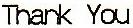
THANK YOU